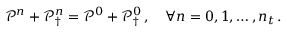
\mathcal P ^ { n } + \mathcal P _ { \dagger } ^ { n } = \mathcal P ^ { 0 } + \mathcal P _ { \dagger } ^ { 0 } \, , \quad \forall n = 0 , 1 , \hdots , n _ { t } \, .